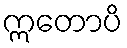
ဣတောပိ